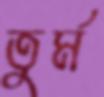
তুর্ম